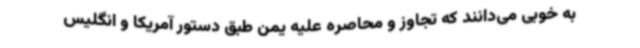
به خوبی می‌دانند که تجاوز و محاصره علیه یمن طبق دستور آمریکا و انگلیس